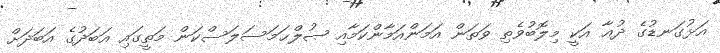
އަޅުގަނޑުގެ ދުޢާ އަކީ މިލޮބުވެތި ވަތަން އަމަންއަމާންކަމާއި ޞުލްޙަމަސަލަސްކަން މަތީގައި އަބަދުގެ އަބަދަށް